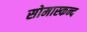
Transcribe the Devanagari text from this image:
सोमास्कन्द